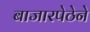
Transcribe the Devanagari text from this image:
बाजारपेठेने